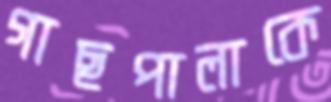
গাছপালাকে